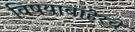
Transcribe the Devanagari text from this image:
विषयाबाहेरचे